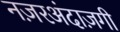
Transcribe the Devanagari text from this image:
नज़रअंदाज़गी